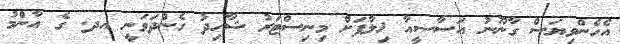
އެހެންވިޔަސް ގާނޫނު އަސާސީއާ ޚިލާފަށް މިނިސްޓަރު ޝާހިދު ގެންދަވަނީ އދ. ގެ އާންމު